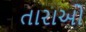
તારાઓ